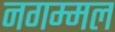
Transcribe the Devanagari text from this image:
नगम्मल